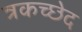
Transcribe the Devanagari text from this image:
त्रकच्छेद